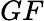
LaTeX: GF